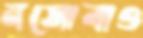
নসোবাও